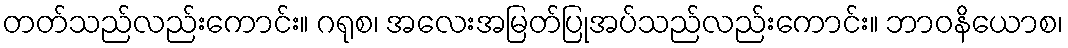
တတ်သည်လည်းကောင်း။ ဂရုစ၊ အလေးအမြတ်ပြုအပ်သည်လည်းကောင်း။ ဘာဝနိယောစ၊